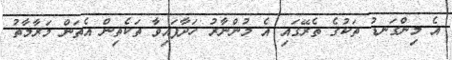
އެ މިންގަނޑު ތަކުގެ ތެރޭގައި އެ މުންނާރު ހަދާފައިވާ ތަކެތިން އެތަން މަރާމާތު